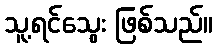
သူ့ရင်သွေး ဖြစ်သည်။